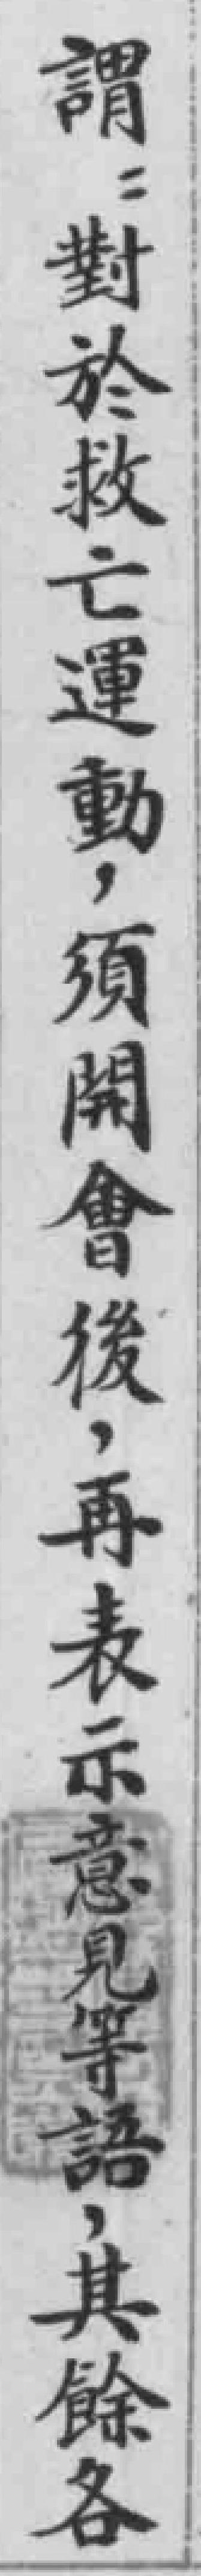
謂“對於救亡運動，須開會後，再表示意見等語，其餘各